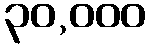
၃၀,၀၀၀